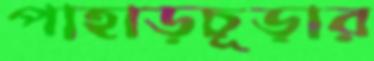
পাহাড়চূড়ার